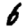
Digit: 6